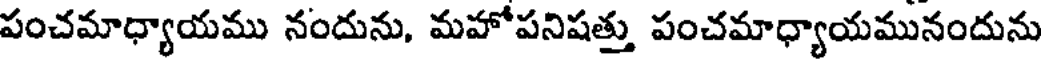
పంచమాధ్యాయము నందును, మహోపనిషత్తు పంచమాధ్యాయమునందును